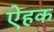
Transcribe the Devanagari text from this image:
ऐहक